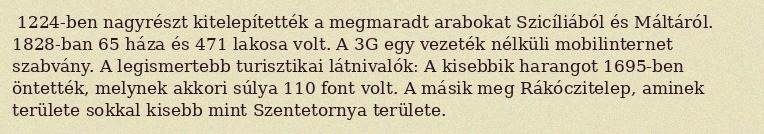
1224-ben nagyrészt kitelepítették a megmaradt arabokat Szicíliából és Máltáról. 1828-ban 65 háza és 471 lakosa volt. A 3G egy vezeték nélküli mobilinternet szabvány. A legismertebb turisztikai látnivalók: A kisebbik harangot 1695-ben öntették, melynek akkori súlya 110 font volt. A másik meg Rákóczitelep, aminek területe sokkal kisebb mint Szentetornya területe.